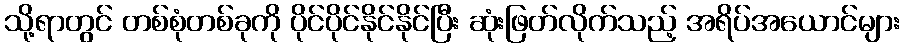
သို့ရာတွင် တစ်စုံတစ်ခုကို ပိုင်ပိုင်နိုင်နိုင်ပြီး ဆုံးဖြတ်လိုက်သည့် အရိပ်အယောင်များ